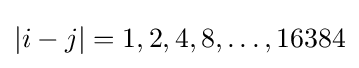
|i-j|=1,2,4,8,\dots ,16384